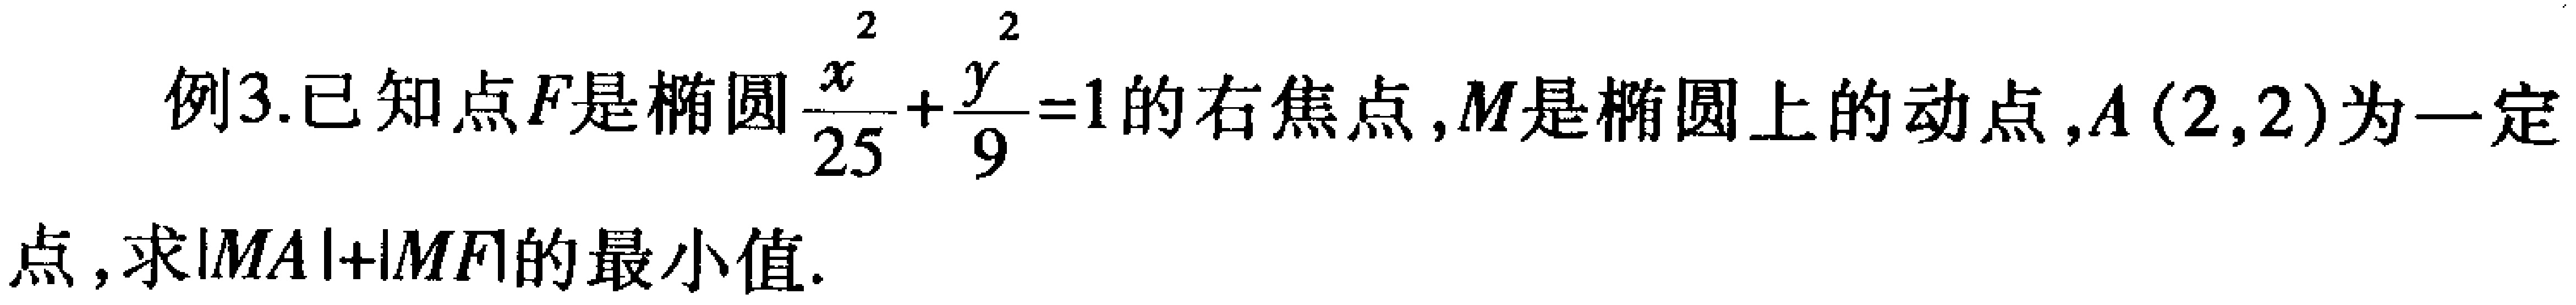
例3.已知点\(F\)是椭圆\(\frac{x^{2}}{25}+\frac{y^{2}}{9}=1\)的右焦点，\(M\)是椭圆上的动点，\(A(2,2)\)为一定点，求\(\vert MA\vert+\vert MF\vert\)的最小值.